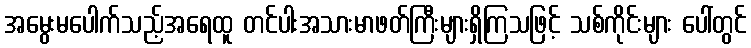
အမွေးမပေါက်သည့်အရေထူ တင်ပါးအသားမာဖတ်ကြီးများရှိကြသဖြင့် သစ်ကိုင်းများ ပေါ်တွင်